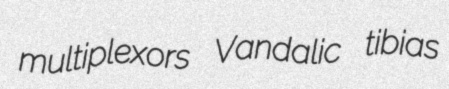
multiplexors Vandalic tibias